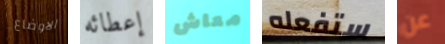
الاوضاع إعطائه معاش ستفعله عن